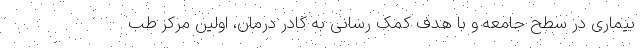
بیماری در سطح جامعه و با هدف کمک رسانی به کادر درمان، اولین مرکز طب